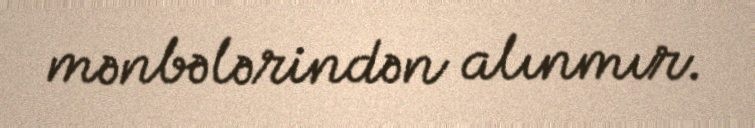
mənbələrindən alınmır.